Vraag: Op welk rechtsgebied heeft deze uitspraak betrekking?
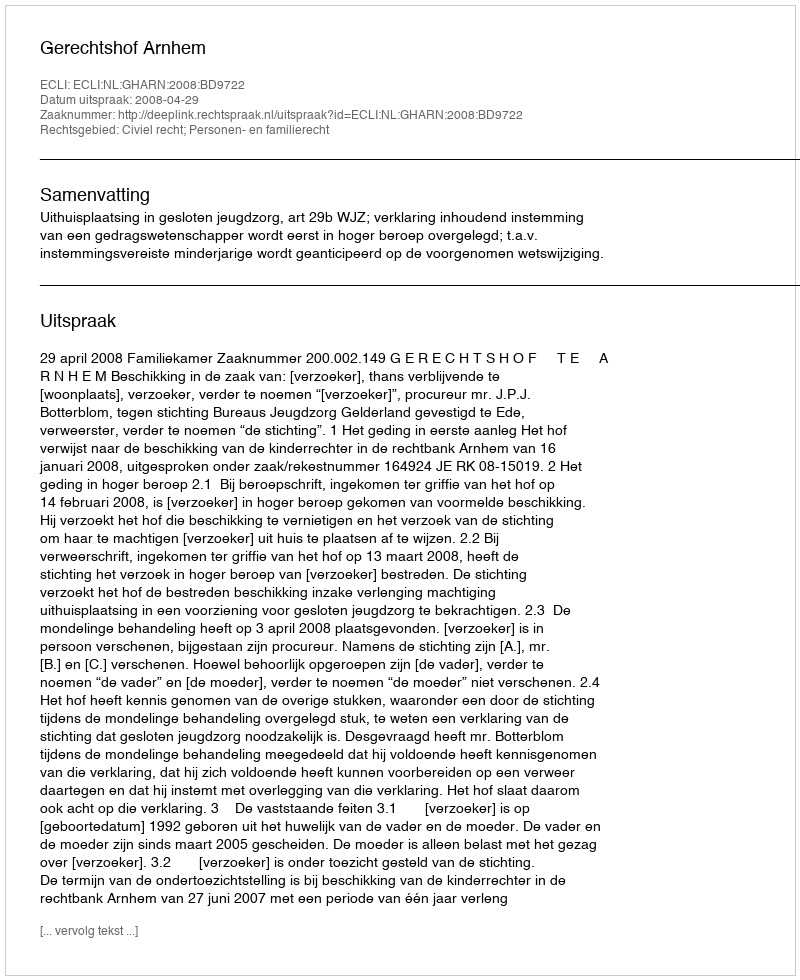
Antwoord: Civiel recht; Personen- en familierecht